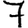
Digit: 7